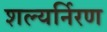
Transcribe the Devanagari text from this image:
शल्यर्निरण